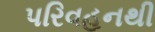
પરિવહનથી